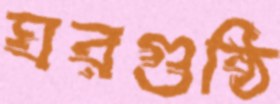
ঘরগুষ্ঠি